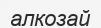
алкозай